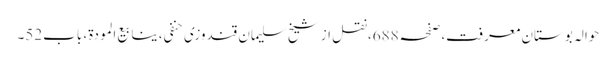
حوالہ بوستانِ معرفت،صفحہ688،نقل از شیخ سلیمان قندوزی حنفی، ینابیع المودة، باب52۔